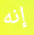
إنه